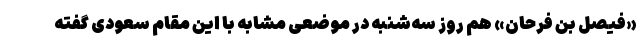
«فیصل بن فرحان» هم روز سه‌شنبه در موضعی مشابه با این مقام سعودی گفته